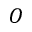
O